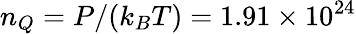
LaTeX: n_{Q}=P/(k_{B}T)=1.91\times 10^{24}